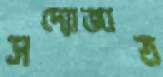
সদ্যোজাত